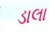
ડાલા